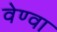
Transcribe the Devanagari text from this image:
वेण्वा